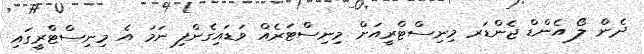
ދެން ލޯ އެންޑް ޖެންޑަރ މިނިސްޓްރީއަށް މިނިސްޓަރެއް ވަޑައިގެންފި ނަމަ އެ މިނިސްޓްރީގައި